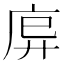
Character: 𫷩